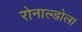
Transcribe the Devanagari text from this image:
रोनाल्डोला